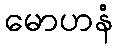
မောဟနံ